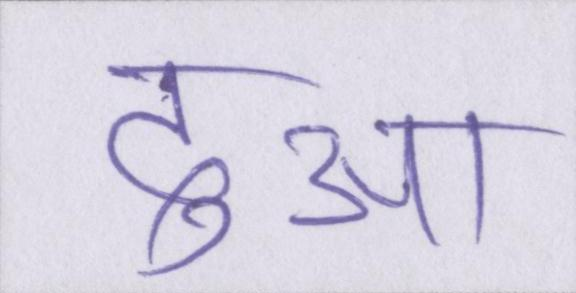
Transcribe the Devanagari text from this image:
दुआ